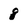
Character: 8